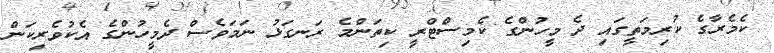
ކެމެރާގެ ކުރިމަތީގައި ދެ މީހުންގެ ކެމިސްޓްރީ ކިތަންމެ ރަނގަޅު ނަމަވެސް ދެމީހުންގެ އެކުވެރިކަން